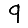
Digit: 9